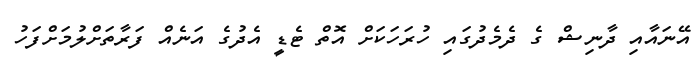
އޭނައާއި ދާނިޝް ގެ ދެމެދުގައި ހުރަހަކަށް އޮތް ޓެޑީ އެދުގެ އަނެއް ފަރާތަށްލުމަށްފަހު